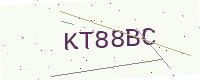
Text: KT88BC